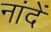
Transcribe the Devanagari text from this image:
नांदें